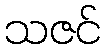
သဇင်